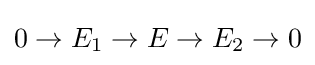
0\to E_{1}\to E\to E_{2}\to 0